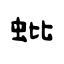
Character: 蚍